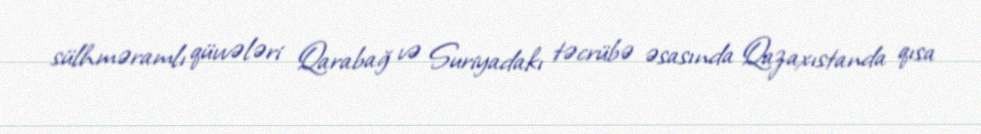
sülhməramlı qüvvələri Qarabağ və Suriyadakı təcrübə əsasında Qazaxıstanda qısa